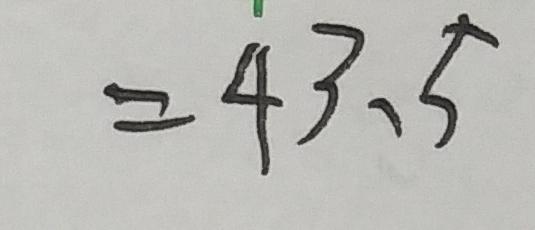
= 4 3 . 5